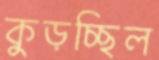
কুড়চ্ছিল